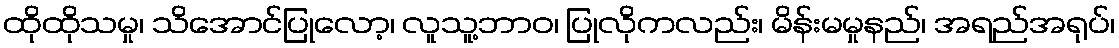
ထိုထိုသမှု၊ သိအောင်ပြုလော့၊ လူသူ့ဘာဝ၊ ပြုလိုကလည်း၊ မိန်းမမှုနည်၊ အရည်အရုပ်၊